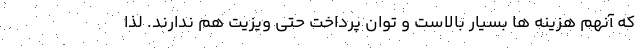
که آنهم هزینه ها بسیار بالاست و توان پرداخت حتی ویزیت هم ندارند. لذا